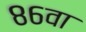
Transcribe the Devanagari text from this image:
८६वा